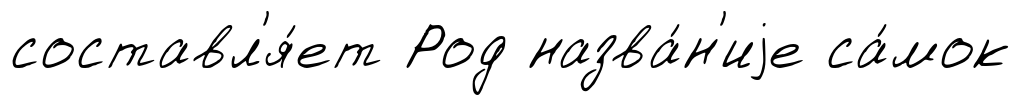
составл'я́ет Род назва́н'иjе са́мок